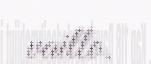
vaillo.